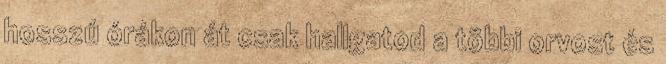
hosszú órákon át csak hallgatod a többi orvost és